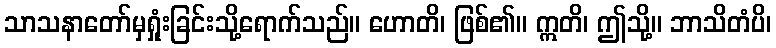
သာသနာတော်မှရှုံးခြင်းသို့ရောက်သည်။ ဟောတိ၊ ဖြစ်၏။ ဣတိ၊ ဤသို့။ ဘာသိတံပိ၊